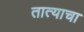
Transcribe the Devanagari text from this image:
तात्याचा